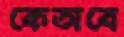
কেতাবে